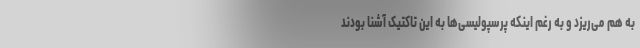
به هم می‌ریزد و به رغم اینکه پرسپولیسی‌ها به این تاکتیک آشنا بودند